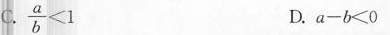
C.$$\frac { a } { b } < 1$$ D.$$a - b < 0$$